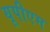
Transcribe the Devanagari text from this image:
यूपीएम